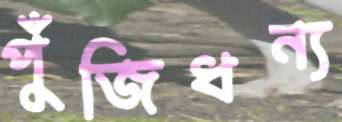
পুঁজিধন্য